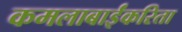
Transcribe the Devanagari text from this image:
कमलाबाईंकरिता